Vaccination in the Punjab 1883-1896 - 1883-1896
Year: 1883
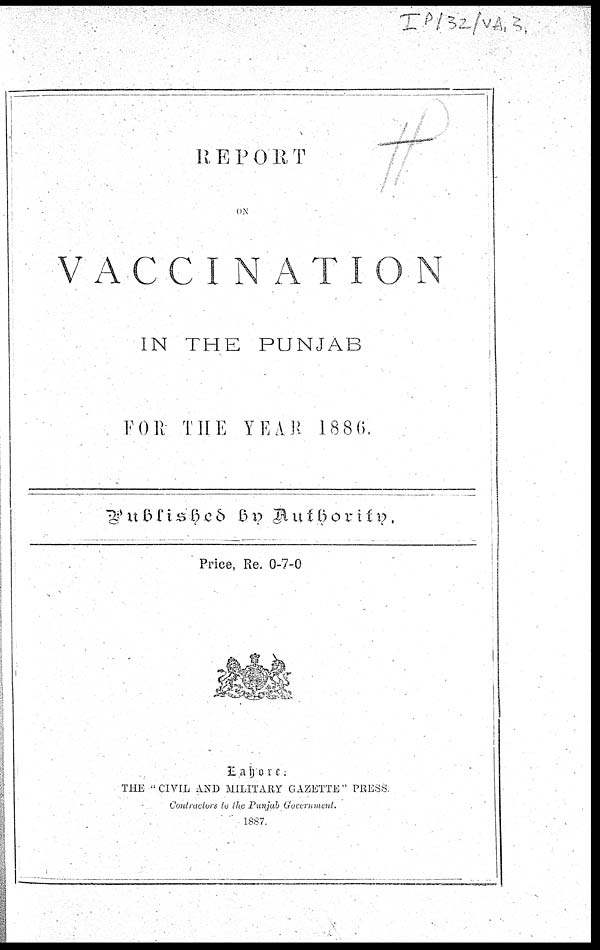
REPORT
VACCINATION
IN THE PUNJAB
FOR THE YEAR 1886
Price, Re. 0-7-0
Lahore:
THE "CIVIL AND MILITARY GAZETTE" PRESS.
Contractors to the Punjab Government.
1887.